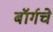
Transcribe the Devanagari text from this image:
बॉर्गचे